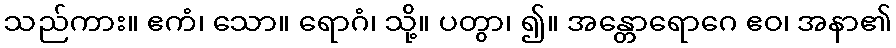
သည်ကား။ ဧကံ၊ သော။ ရောဂံ၊ သို့။ ပတွာ၊ ၍။ အန္တောရောဂေ ဧဝ၊ အနာ၏